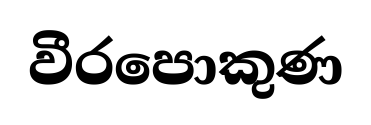
වීරපොකුණ